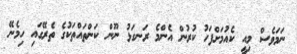
ނަމަވެސް މިއީ ކެއުމަށްފަހު ކުރުން އެންމެ ރަނގަޅު ނޫން ކަންތައްތަކުގެ ތެރޭގައި ހިމެނޭ